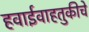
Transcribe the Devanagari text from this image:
हवाईवाहतुकीचे